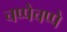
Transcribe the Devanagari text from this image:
चप्पेचप्पे